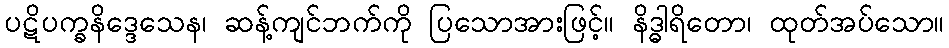
ပဋိပက္ခနိဒ္ဒေသေန၊ ဆန့်ကျင်ဘက်ကို ပြသောအားဖြင့်။ နိဒ္ဓါရိတော၊ ထုတ်အပ်သော။